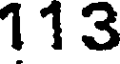
113